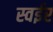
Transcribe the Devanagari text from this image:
स्वईर